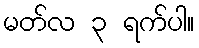
မတ်လ ၃ ရက်ပါ။